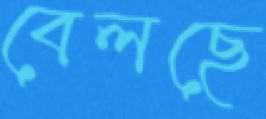
বেলছে